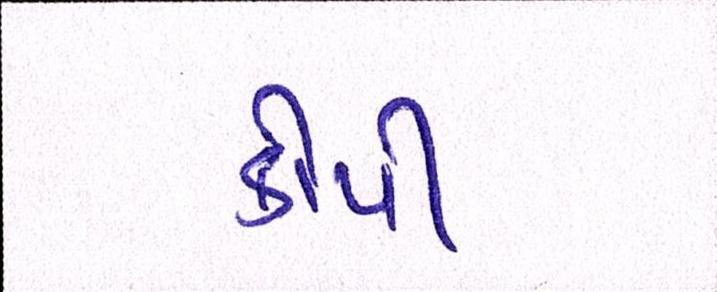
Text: કોપી